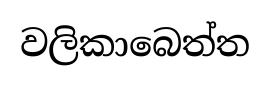
වලිකාබෙත්ත